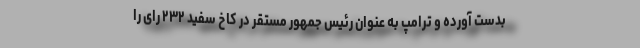
بدست آورده و ترامپ به عنوان رئیس جمهور مستقر در کاخ سفید ۲۳۲ رای را